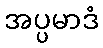
အပ္ပမာဒံ